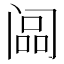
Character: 𬮳